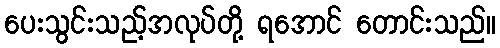
ပေးသွင်းသည့်အလုပ်တို့ ရအောင် တောင်းသည်။